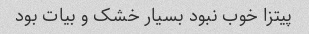
پیتزا خوب نبود بسیار خشک و بیات بود